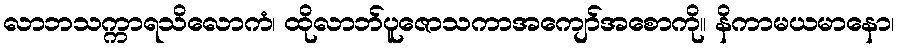
လာဘသက္ကာရသိလောကံ၊ ထိုလာဘ်ပူဇောသကာအကျော်အစောကို။ နိကာမယမာနော၊